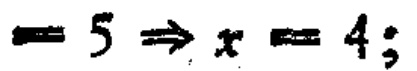
$= 5\Rightarrow x = 4;$